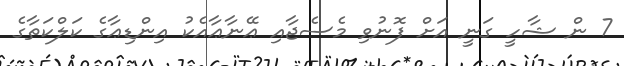
7 ން ޝާހީ ގަނީ އަށް ފޮނުވި މެސެޖާއި ޢޭނާޢާއެކު އިންޑިޢާގެ ކަލްކަތާގެ